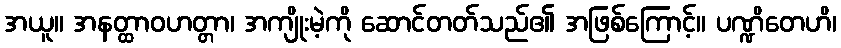
အယူ။ အနတ္ထာဝဟတ္တာ၊ အကျိုးမဲ့ကို ဆောင်တတ်သည်၏ အဖြစ်ကြောင့်။ ပဏ္ဍိတေဟိ၊